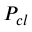
P _ { c l }